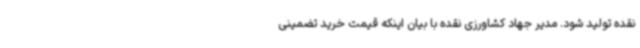
نقده تولید شود. مدیر جهاد کشاورزی نقده با بیان اینکه قیمت خرید تضمینی